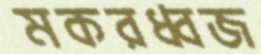
মকরধ্বজ